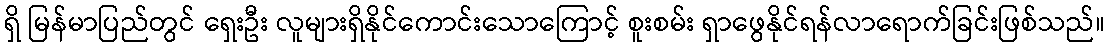
ရှိ မြန်မာပြည်တွင် ရှေးဦး လူများရှိနိုင်ကောင်းသောကြောင့် စူးစမ်း ရှာဖွေနိုင်ရန်လာရောက်ခြင်းဖြစ်သည်။